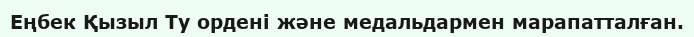
Еңбек Қызыл Ту ордені және медальдармен марапатталған.